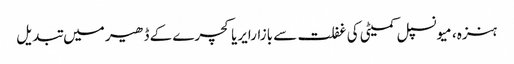
ہنزہ، میونسپل کمیٹی کی غفلت سے بازارایریاکچرے کے ڈھیر میں تبدیل